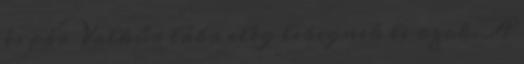
és pár Valkűr lába elég lebegnek le azok. A